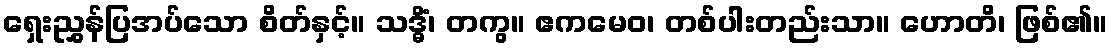
ရှေးညွှန်ပြအပ်သော စိတ်နှင့်။ သဒ္ဓိံ၊ တကွ။ ဧကမေဝ၊ တစ်ပါးတည်းသာ။ ဟောတိ၊ ဖြစ်၏။